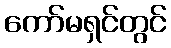
ကော်မရှင်တွင်